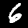
Digit: 6